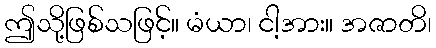
ဤသို့ဖြစ်သဖြင့်။ မံယာ၊ ငါ့အား။ အဇာတိ၊